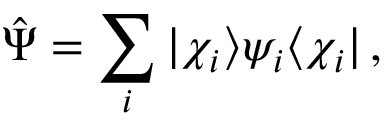
\hat { \Psi } = \sum _ { i } | \chi _ { i } \rangle \psi _ { i } \langle \chi _ { i } | \, ,